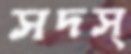
সদস্